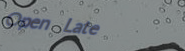
Open Late